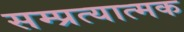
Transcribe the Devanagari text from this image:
सम्प्रत्यात्मक